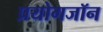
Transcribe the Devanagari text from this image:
प्रयोगजॉन